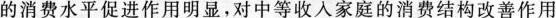
的消费水平促进作用明显，对中等收入家庭的消费结构改善作用